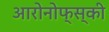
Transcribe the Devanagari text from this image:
आरोनोफ्स्की